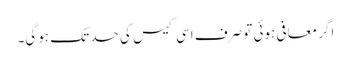
اگر معافی ہوئی تو صرف اسی کیس کی حد تک ہوگی۔